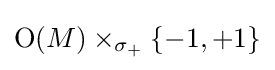
\operatorname {O} (M)\times _{\sigma _{+}}\{-1,+1\}